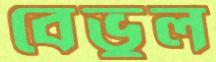
বেভুল